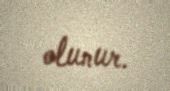
olunur.